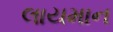
લાયમાન